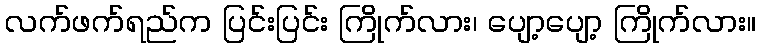
လက်ဖက်ရည်က ပြင်းပြင်း ကြိုက်လား၊ ပျော့ပျော့ ကြိုက်လား။